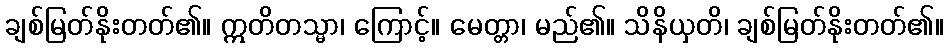
ချစ်မြတ်နိုးတတ်၏။ ဣတိတသ္မာ၊ ကြောင့်။ မေတ္တာ၊ မည်၏။ သိနိယှတိ၊ ချစ်မြတ်နိုးတတ်၏။